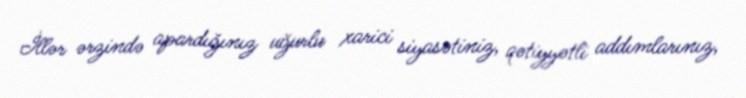
İllər ərzində apardığınız uğurlu xarici siyasətiniz, qətiyyətli addımlarınız,